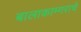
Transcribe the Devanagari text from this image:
बालाकाम्गराचे